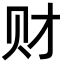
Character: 财